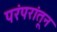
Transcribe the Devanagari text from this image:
परंपरांतून